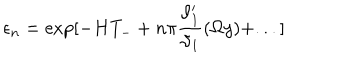
\epsilon _ { n } = \exp [ - H T _ { - } + n \pi \frac { \vartheta _ { 1 } ^ { \prime } } { \vartheta _ { 1 } } ( \Omega y ) + . . . ]